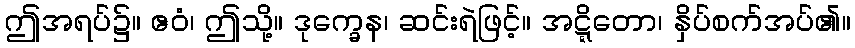
ဤအရပ်၌။ ဧဝံ၊ ဤသို့။ ဒုက္ခေန၊ ဆင်းရဲဖြင့်။ အဋ္ဋိတော၊ နှိပ်စက်အပ်၏။